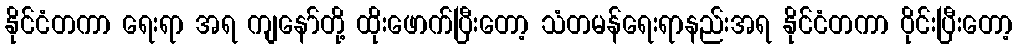
နိုင်ငံတကာ ရေးရာ အရ ကျနော်တို့ ထိုးဖောက်ပြီးတော့ သံတမန်ရေးရာနည်းအရ နိုင်ငံတကာ ဝိုင်းပြီးတော့